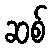
ဆစ်